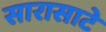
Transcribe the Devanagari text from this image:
सारासाटे